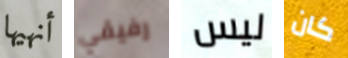
أنهيها رفيقي ليس كان